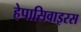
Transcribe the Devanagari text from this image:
हेपासिवाइरस